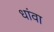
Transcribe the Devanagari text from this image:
धांवा